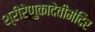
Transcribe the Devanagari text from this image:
श्रीरेणुकादेवीमंदिर